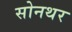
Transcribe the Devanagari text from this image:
सोनथर